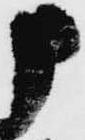
申